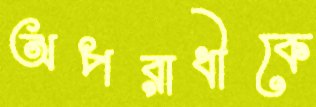
অপরাধীকে